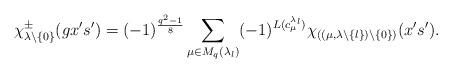
LaTeX: \begin{align*}\chi^\pm_{\lambda\backslash\{0\}}(gx's')=(-1)^{\frac{q^2-1}{8}}\sum_{\mu\in M_q(\lambda_l)}(-1)^{L(c^{\lambda_l}_\mu)}\chi_{((\mu,\lambda\backslash\{l\})\backslash\{0\})}(x's').\end{align*}